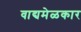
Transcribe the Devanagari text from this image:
वाद्यमेळकार